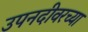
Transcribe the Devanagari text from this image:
उपनदीवरच्या